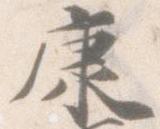
康